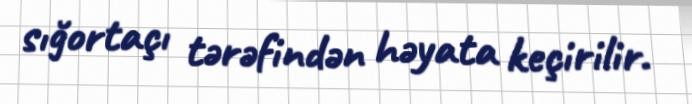
sığortaçı tərəfindən həyata keçirilir.